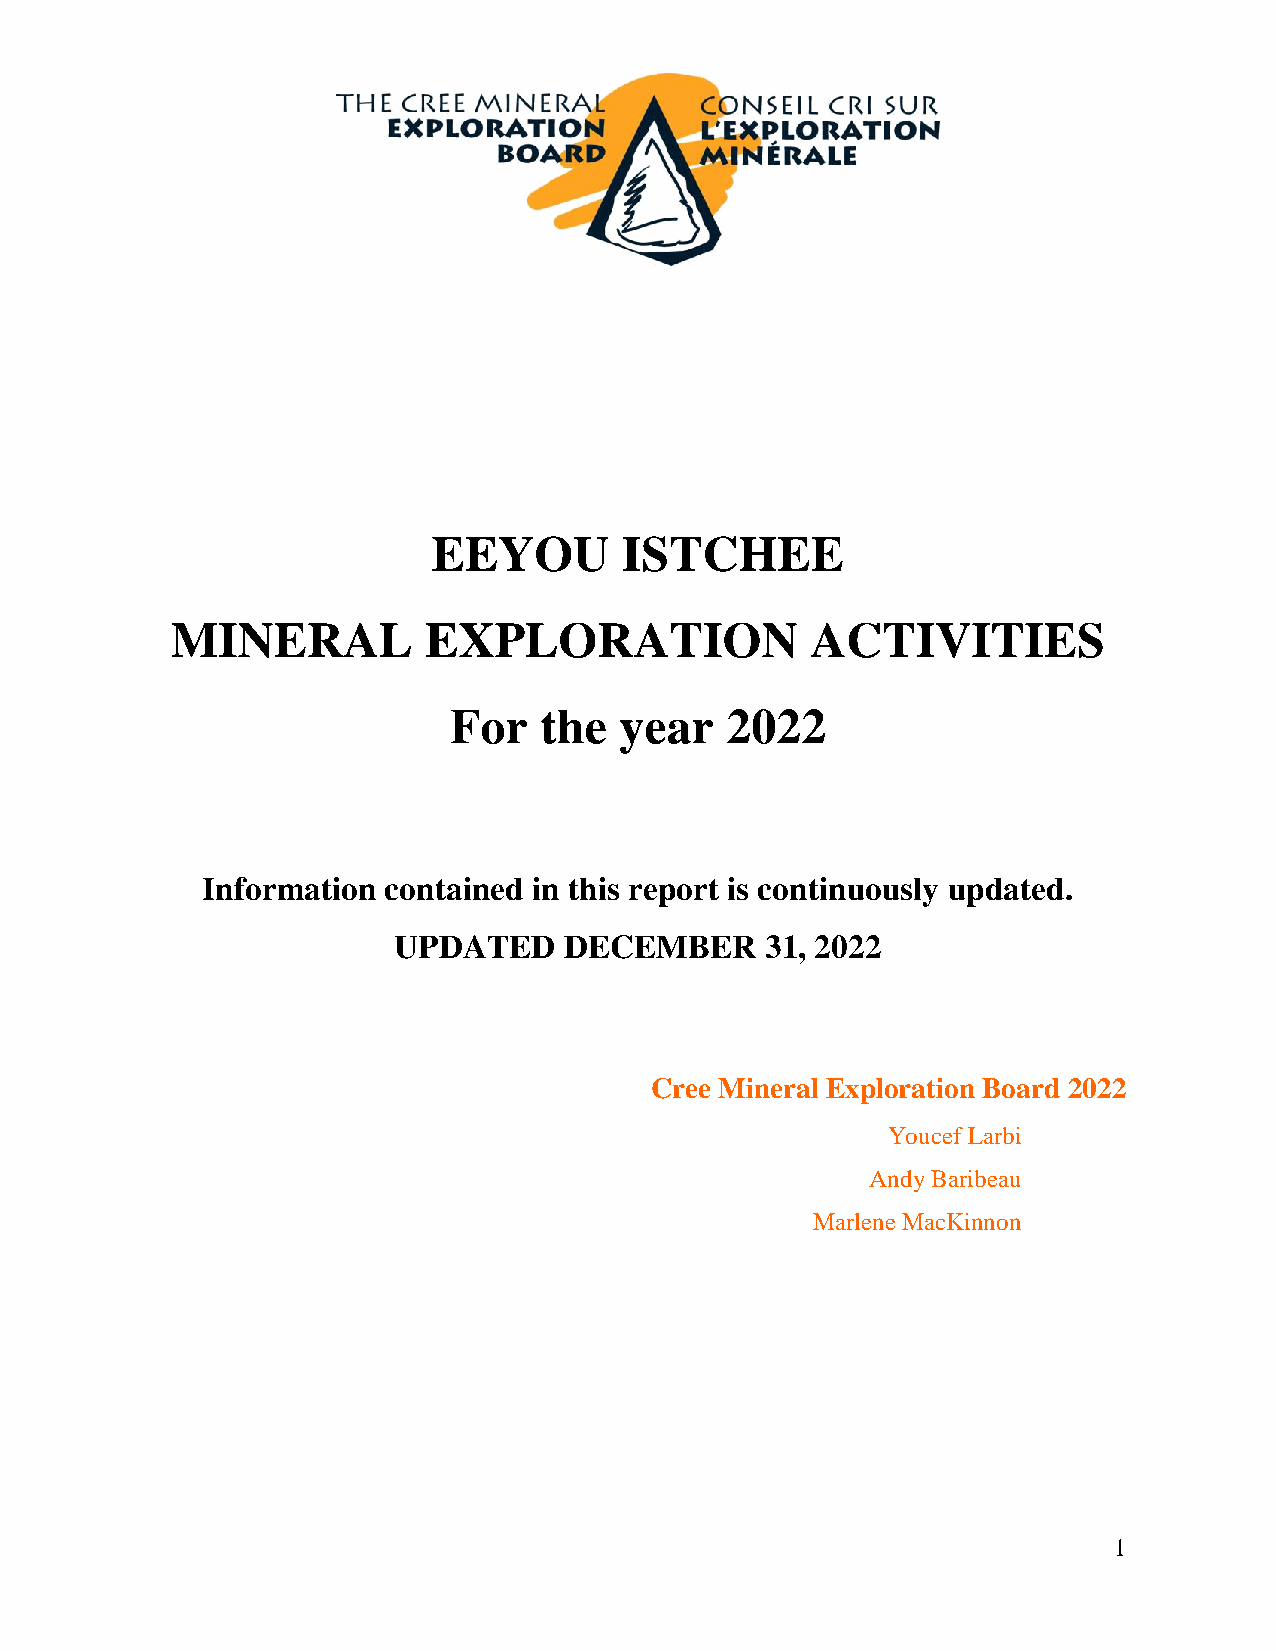
EEYOU       ISTCHEE
 MINERAL          EXPLORATION               ACTIVITIES
 For   the  year   2022
 Information contained in this report is continuously updated.
 UPDATED    DECEMBER      31, 2022
 Cree Mineral Exploration Board 2022
 Youcef Larbi
 Andy Baribeau
 Marlene MacKinnon
 1